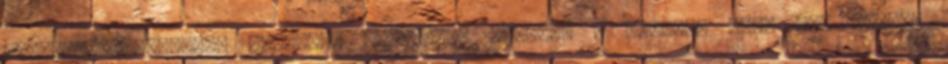
boszorkánycsapással próbálta mellkason találni a férfit, hogy azt teljes